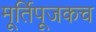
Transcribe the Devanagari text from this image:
मूर्तिपूजकच